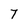
Character: 7